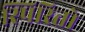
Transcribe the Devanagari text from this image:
स्पिरितो